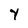
Character: y